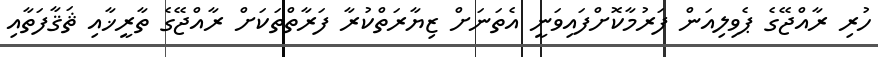
ހުރި ރާއްޖޭގެ ޕެވިލިއަން ފަރުމާކޮށްފައިވަނީ އެތަނަށް ޒިޔާރަތްކުރާ ފަރާތްތަކަށް ރާއްޖޭގެ ތާރީޚާއި ޘަޤާފަތާއި